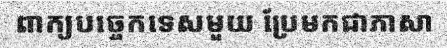
ពាក្យបច្ចេកទេសមួយ ប្រែមកជាភាសា